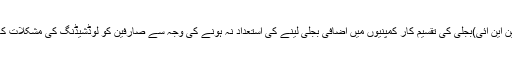
اسلام آباد( این این آئی)بجلی کی تقسیم کار کمپنیوں میں اضافی بجلی لینے کی استعداد نہ ہونے کی وجہ سے صارفین کو لوڈشیڈنگ کی مشکلات کا سامنا ہے ۔